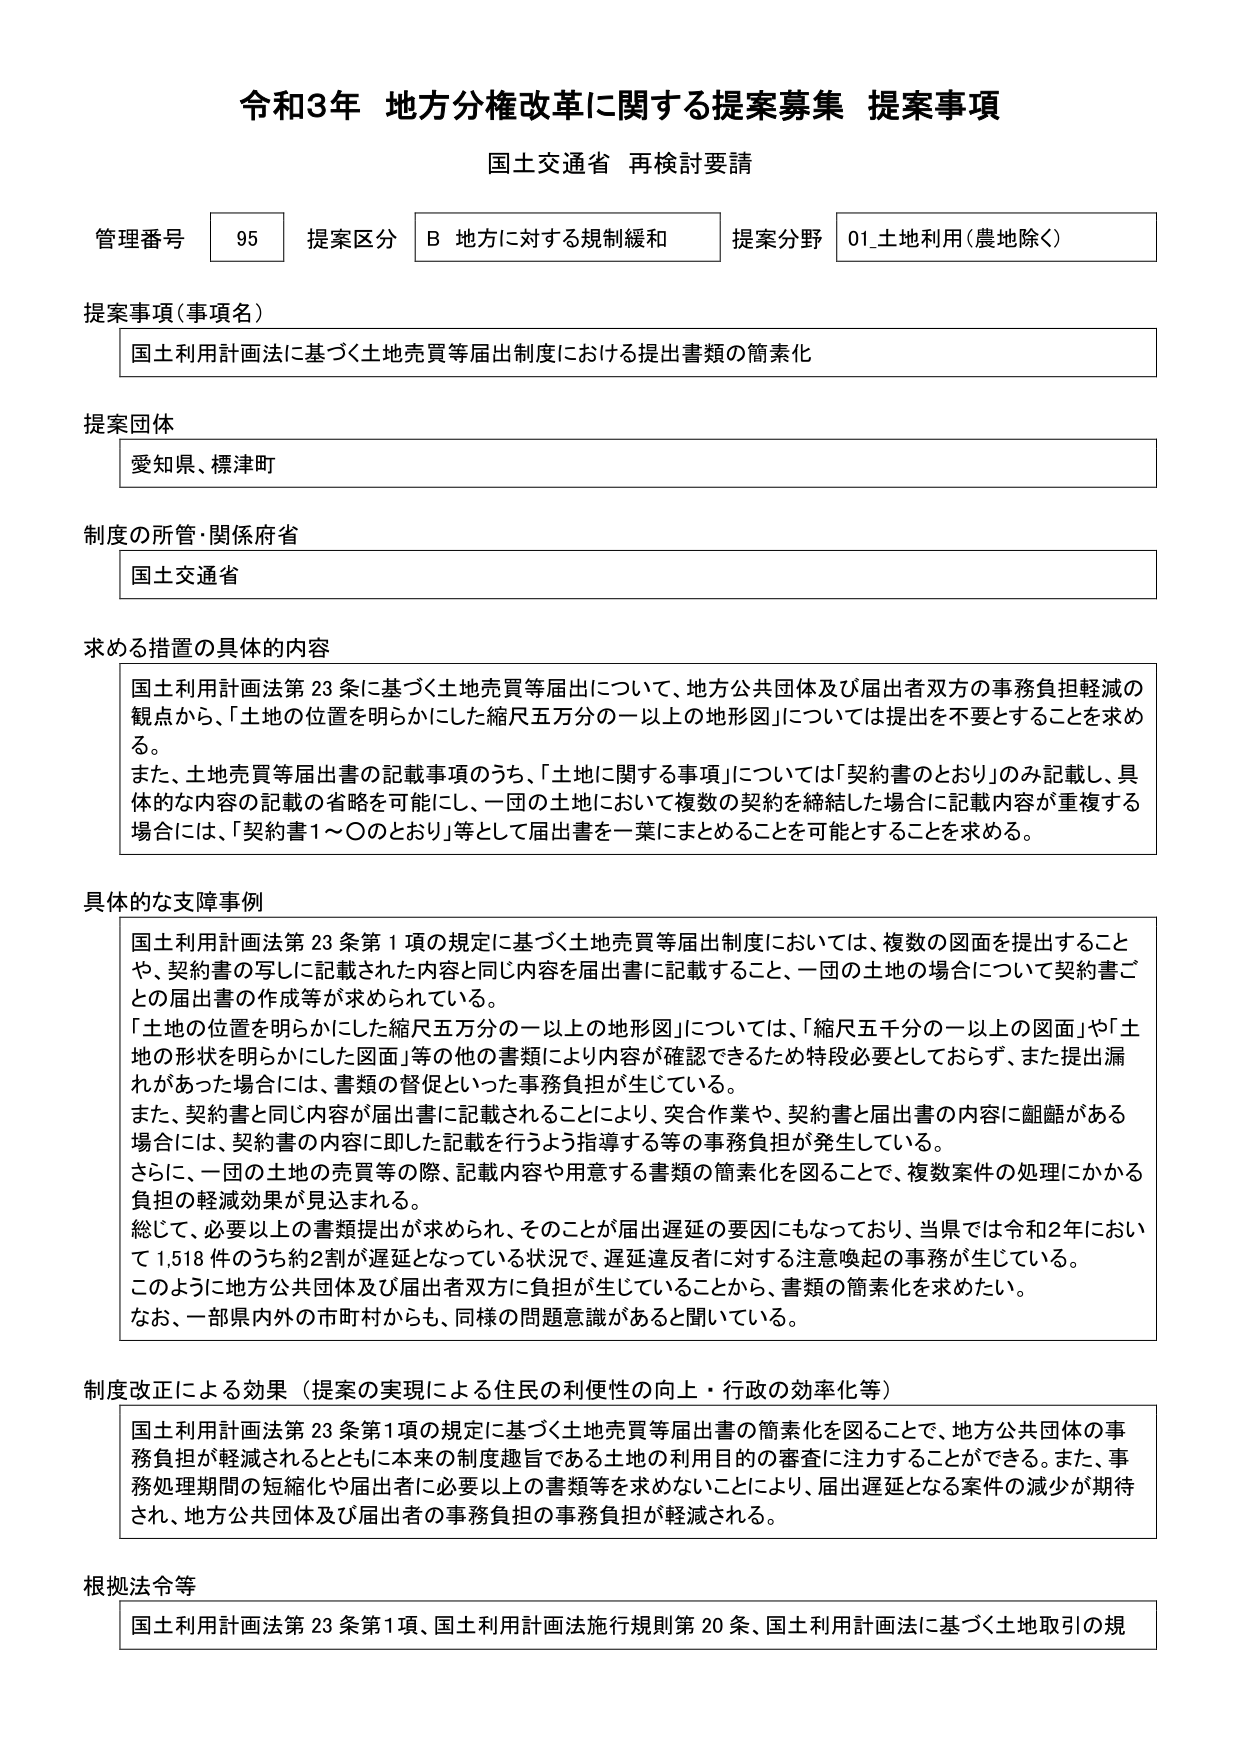
令和3年 地方分権改革に関する提案募集 提案事項
国土交通省 再検討要請

管理番号 95 提案区分 B 地方に対する規制緩和 提案分野 01_土地利用（農地除く）

提案事項（事項名）
国土利用計画法に基づく土地売買等届出制度における提出書類の簡素化

提案団体
愛知県、標津町

制度の所管・関係府省
国土交通省

求める措置の具体的な内容
国土利用計画法第23条に基づく土地売買等届出について、地方公共団体及び届出者双方の事務負担軽減の観点から、「土地の位置を明らかにした縮尺五万分の一以上の地形図」については提出を不要とすることを求める。
また、土地売買等届出書の記載事項のうち、「土地に関する事項」については「契約書のとおり」のみ記載し、具体的な内容の記載の省略を可能にし、一団の土地において複数の契約を締結した場合に記載内容が重複する場合には、「契約書1～○のとおり」等として届出書を一葉にまとめることが可能となることを求める。

具体的な支障事例
国土利用計画法第23条第1項の規定に基づく土地売買等届出制度においては、複数の図面を提出することや、契約書の写しに記載された内容と同じ内容を届出書に記載すること、一団の土地の場合について契約書ごとの届出書の作成等が求められている。
「土地の位置を明らかにした縮尺五万分の一以上の地形図」については、「縮尺五千分の一以上の図面」や「土地の形状を明らかにした図面」等の他の書類により内容が確認できるため特段必要としておらず、また提出漏れがあった場合には、書類の督促といった事務負担が生じている。
また、契約書と同じ内容が届出書に記載されることにより、突合作業や、契約書と届出書の内容に齟齬がある場合には、契約書の内容に即した記載を行うよう指導する等の事務負担が発生している。
さらに、一団の土地の売買等の際、記載内容や用意する書類の簡素化を図ることで、複数案件の処理にかかる負担の軽減効果が見込まれる。
総じて、必要以上の書類提出が求められ、そのことが届出遅延の要因にもなっており、当県では令和2年において1,518件のうち約2割が遅延となっている状況で、遅延違反者に対する注意喚起の事務が生じている。
このように地方公共団体及び届出者双方に負担が生じていることから、書類の簡素化を求めたい。
なお、一部県内外の市町村からも、同様の問題意識があると聞いている。

制度改正による効果（提案の実現による住民の利便性の向上・行政の効率化等）
国土利用計画法第23条第1項の規定に基づく土地売買等届出書の簡素化を図ることで、地方公共団体の事務負担が軽減されるとともに本来の制度趣旨である土地の利用目的の審査に注力することができる。また、事務処理期間の短縮化や届出者に必要以上の書類等を求めないことにより、届出遅延となる案件の減少が期待され、地方公共団体及び届出者の事務負担の事務負担が軽減される。

根拠法令等
国土利用計画法第23条第1項、国土利用計画法施行規則第20条、国土利用計画法に基づく土地取引の規